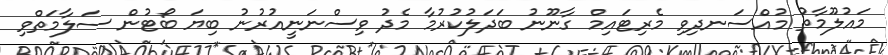
މައުލޫމާތު މުއްސަނދިވި މެރިޓައިމް ގާނޫނު ބަދަލުކުރުމާ މެދު ވިސްނަނީއުރުނު ބިޔަ ބޯޓުން ސަލާމަތްވި